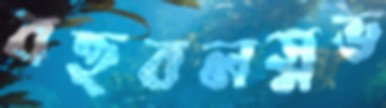
বহুবলস্নভ